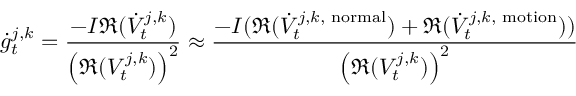
{ \scriptsize \dot { g } _ { t } ^ { j , k } = \frac { - I \mathfrak R ( \dot { V } _ { t } ^ { j , k } ) } { \left( \mathfrak R ( V _ { t } ^ { j , k } ) \right) ^ { 2 } } \approx \frac { - I ( \mathfrak R ( \dot { V } _ { t } ^ { j , k , \mathrm { \scriptsize ~ n o r m a l } } ) + \mathfrak R ( \dot { V } _ { t } ^ { j , k , \mathrm { \scriptsize ~ m o t i o n } } ) ) } { \left( \mathfrak R ( V _ { t } ^ { j , k } ) \right) ^ { 2 } } }